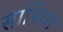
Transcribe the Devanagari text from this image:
सापिया